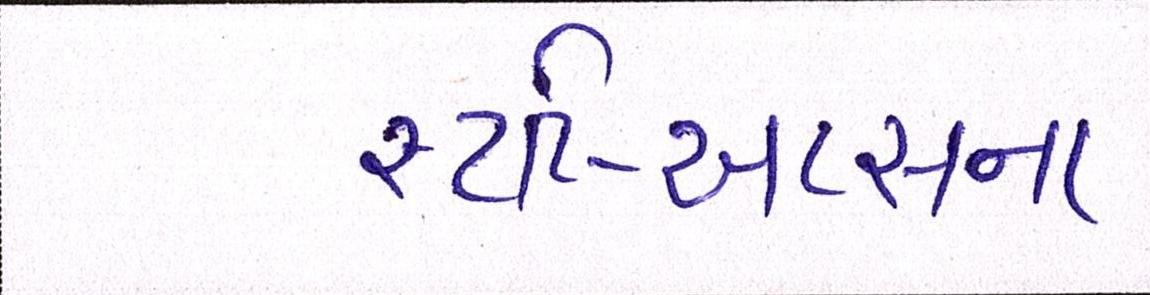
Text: સ્ટાર્ટ-અપ્સના